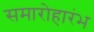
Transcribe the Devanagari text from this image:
समारोहारंभ